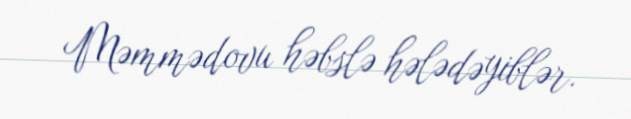
Məmmədovu həbslə hələdəyiblər.